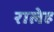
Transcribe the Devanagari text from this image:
रालेह